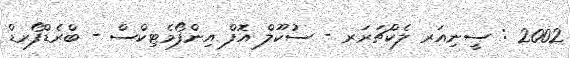
2002 : ސީނިއަރ ލެކްޗަރަރ - ސުކޫލް އޮފް އިންފޯމެޓިކްސް - ބްރެޑްފޯރޑް